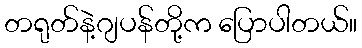
တရုတ်နဲ့ဂျပန်တို့က ပြောပါတယ်။